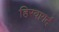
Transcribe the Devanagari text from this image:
हिरवागर्द